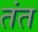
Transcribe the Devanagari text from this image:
तंत